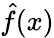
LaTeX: \hat{f}(x)